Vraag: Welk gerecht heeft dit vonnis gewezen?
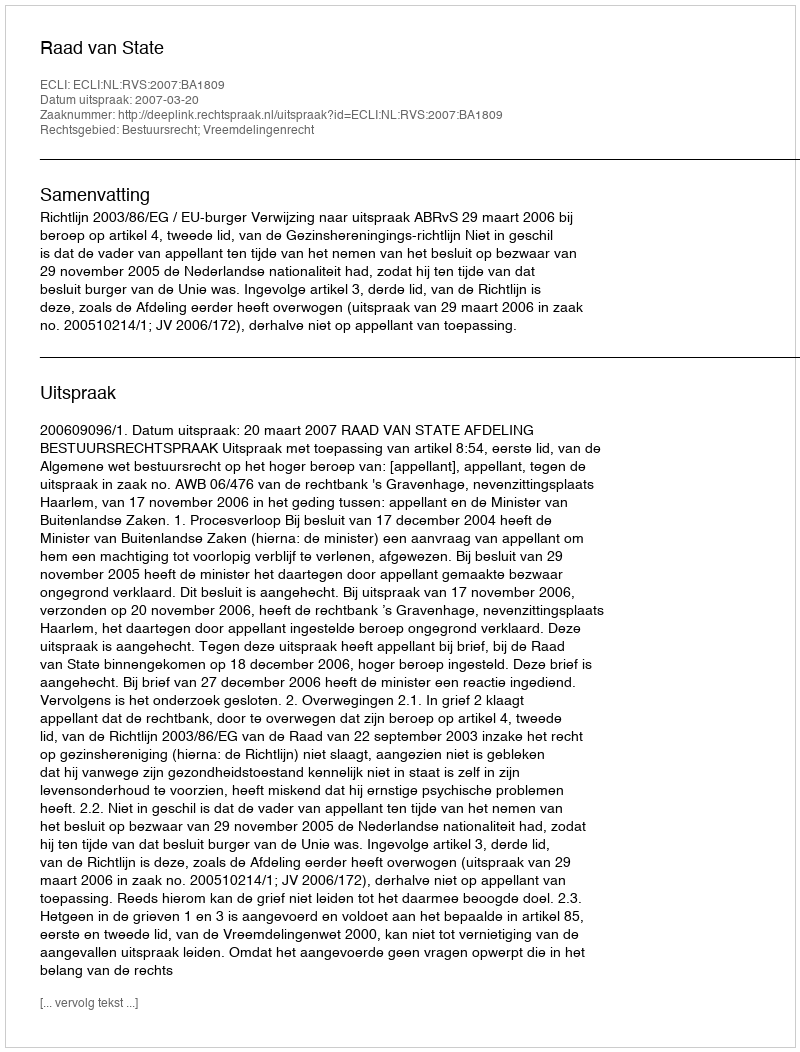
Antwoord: Raad van State